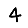
Digit: 4